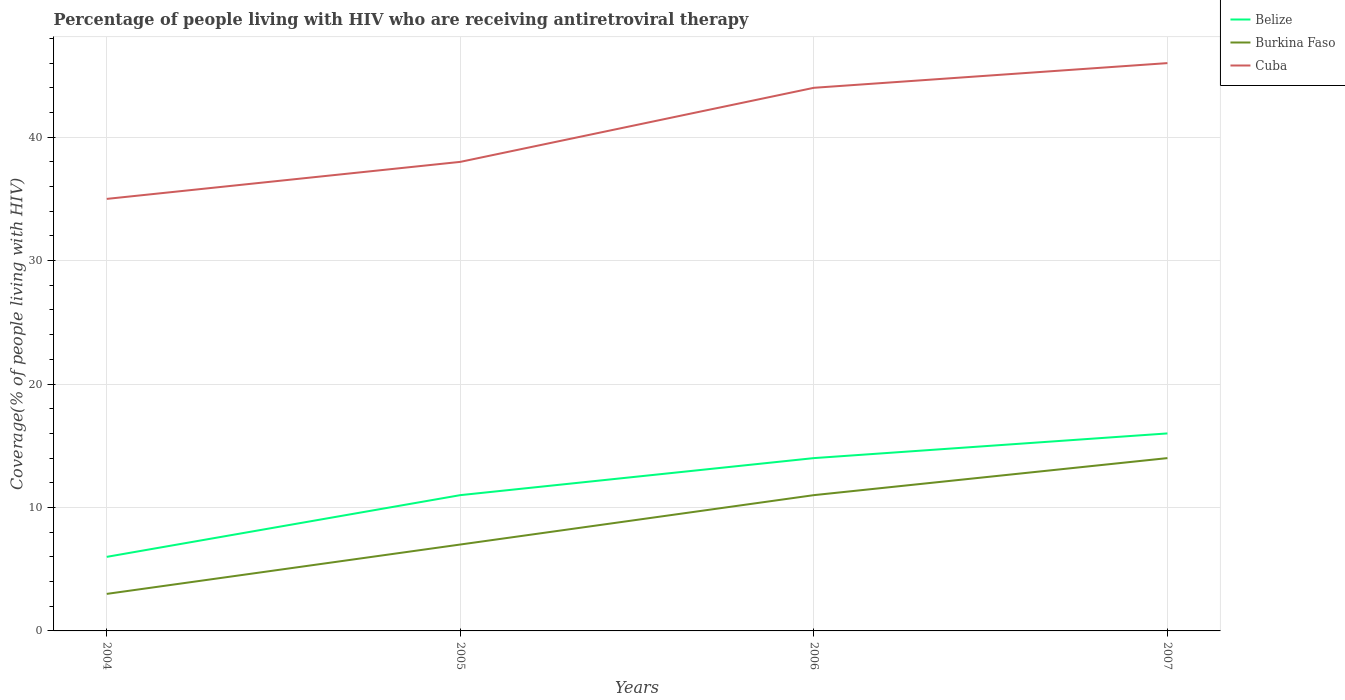
| Years | Belize | Burkina Faso | Cuba |
 | --- | --- | --- | --- |
 | 2004 | 6 | 3 | 35 |
 | 2005 | 11 | 7 | 38 |
 | 2006 | 14 | 11 | 44 |
 | 2007 | 16 | 14 | 46 |